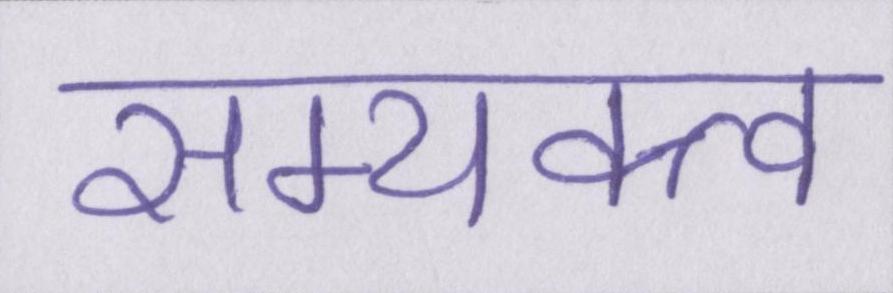
सम्यक्त्व